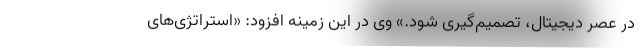
در عصر دیجیتال، تصمیم‌گیری شود.» وی در این زمینه افزود: «استراتژی‌های